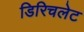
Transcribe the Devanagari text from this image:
डिरिचलेट